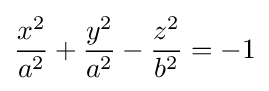
{x^{2} \over a^{2}}+{y^{2} \over a^{2}}-{z^{2} \over b^{2}}=-1